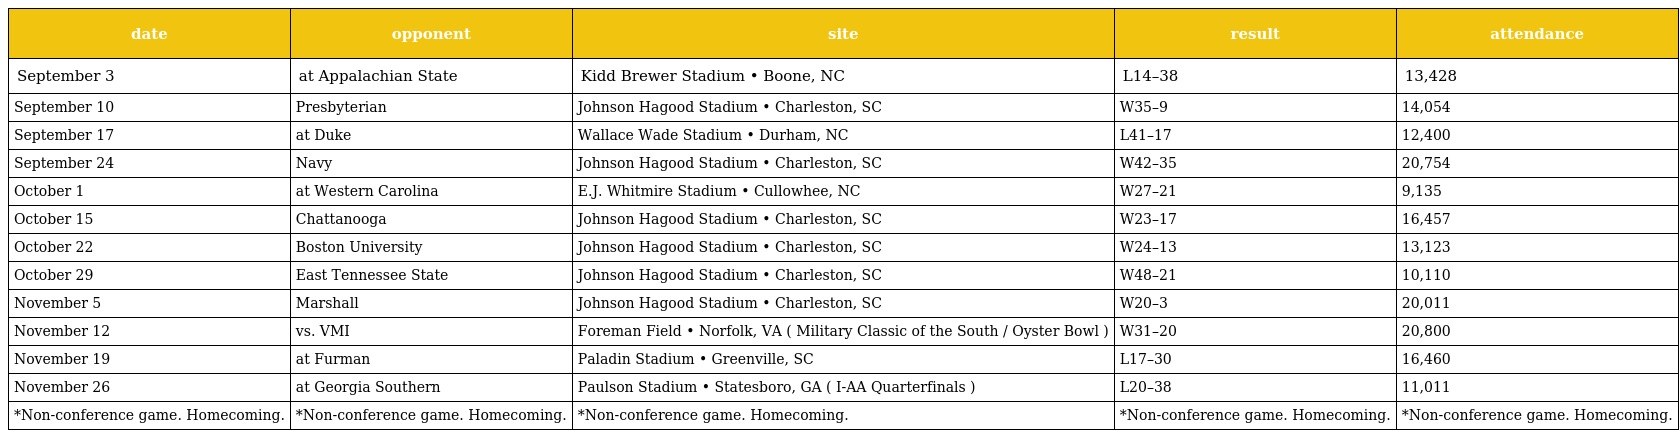
| date | opponent | site | result | attendance |
 | --- | --- | --- | --- | --- |
 | September 3 | at Appalachian State | Kidd Brewer Stadium • Boone, NC | L14–38 | 13,428 |
 | September 10 | Presbyterian | Johnson Hagood Stadium • Charleston, SC | W35–9 | 14,054 |
 | September 17 | at Duke | Wallace Wade Stadium • Durham, NC | L41–17 | 12,400 |
 | September 24 | Navy | Johnson Hagood Stadium • Charleston, SC | W42–35 | 20,754 |
 | October 1 | at Western Carolina | E.J. Whitmire Stadium • Cullowhee, NC | W27–21 | 9,135 |
 | October 15 | Chattanooga | Johnson Hagood Stadium • Charleston, SC | W23–17 | 16,457 |
 | October 22 | Boston University | Johnson Hagood Stadium • Charleston, SC | W24–13 | 13,123 |
 | October 29 | East Tennessee State | Johnson Hagood Stadium • Charleston, SC | W48–21 | 10,110 |
 | November 5 | Marshall | Johnson Hagood Stadium • Charleston, SC | W20–3 | 20,011 |
 | November 12 | vs. VMI | Foreman Field • Norfolk, VA ( Military Classic of the South / Oyster Bowl ) | W31–20 | 20,800 |
 | November 19 | at Furman | Paladin Stadium • Greenville, SC | L17–30 | 16,460 |
 | November 26 | at Georgia Southern | Paulson Stadium • Statesboro, GA ( I-AA Quarterfinals ) | L20–38 | 11,011 |
 | *Non-conference game. Homecoming. | *Non-conference game. Homecoming. | *Non-conference game. Homecoming. | *Non-conference game. Homecoming. | *Non-conference game. Homecoming. |